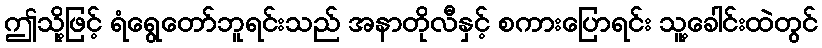
ဤသို့ဖြင့် ရံရွေတော်ဘူရင်းသည် အနာတိုလီနှင့် စကားပြောရင်း သူ့ခေါင်းထဲတွင်